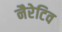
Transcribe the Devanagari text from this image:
नैरेटिव